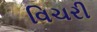
વિચરી